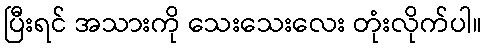
ပြီးရင် အသားကို သေးသေးလေး တုံးလိုက်ပါ။